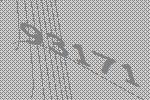
93171